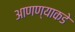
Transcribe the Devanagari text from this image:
आणण्याकडे